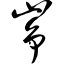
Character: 峥